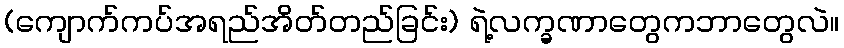
(ကျောက်ကပ်အရည်အိတ်တည်ခြင်း) ရဲ့လက္ခဏာတွေကဘာတွေလဲ။